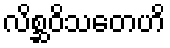
လိစ္ဆဝိသတေဟိ